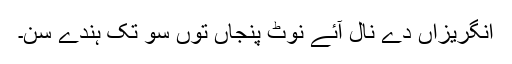
انگریزاں دے نال آئے نوٹ پنجاں توں سو تک ہُندے سن۔